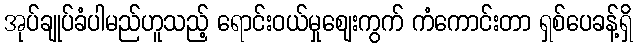
အုပ်ချုပ်ခံပါမည်ဟူသည့် ရောင်းဝယ်မှုဈေးကွက် ကံကောင်းတာ ရှစ်ပေခန့်ရှိ